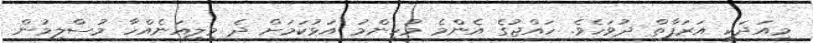
މިއަދަކީ އަރަފާތް ދުވަހެވެ. ހައްޖުގެ އެންމެ މުހިންމު އަޅުކަމަށް ދެ މިލިއަނެއްހާ މުސްލިމުން